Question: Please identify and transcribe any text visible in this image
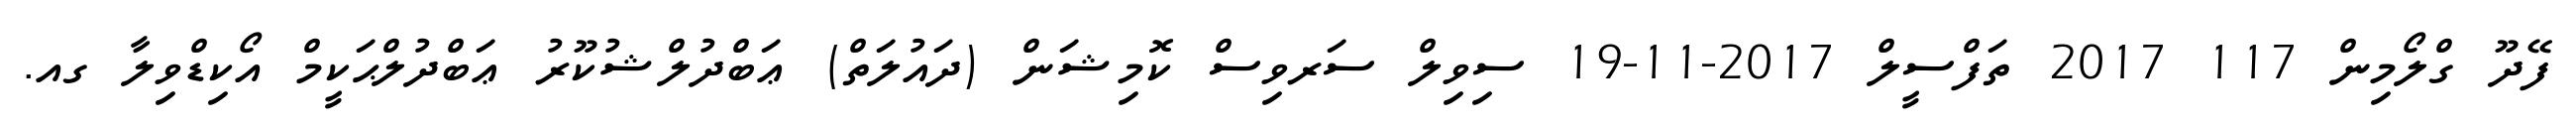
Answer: ފޭދޫ ގްލޯމިން 117 2017 ތަފްސީލް 2017-11-19 ސިވިލް ސަރވިސް ކޮމިޝަން (ދައުލަތް) ޢަބްދުލްޝުކޫރު ޢަބްދުލްޙަކީމް އޯކިޑްވިލާ ގއ.